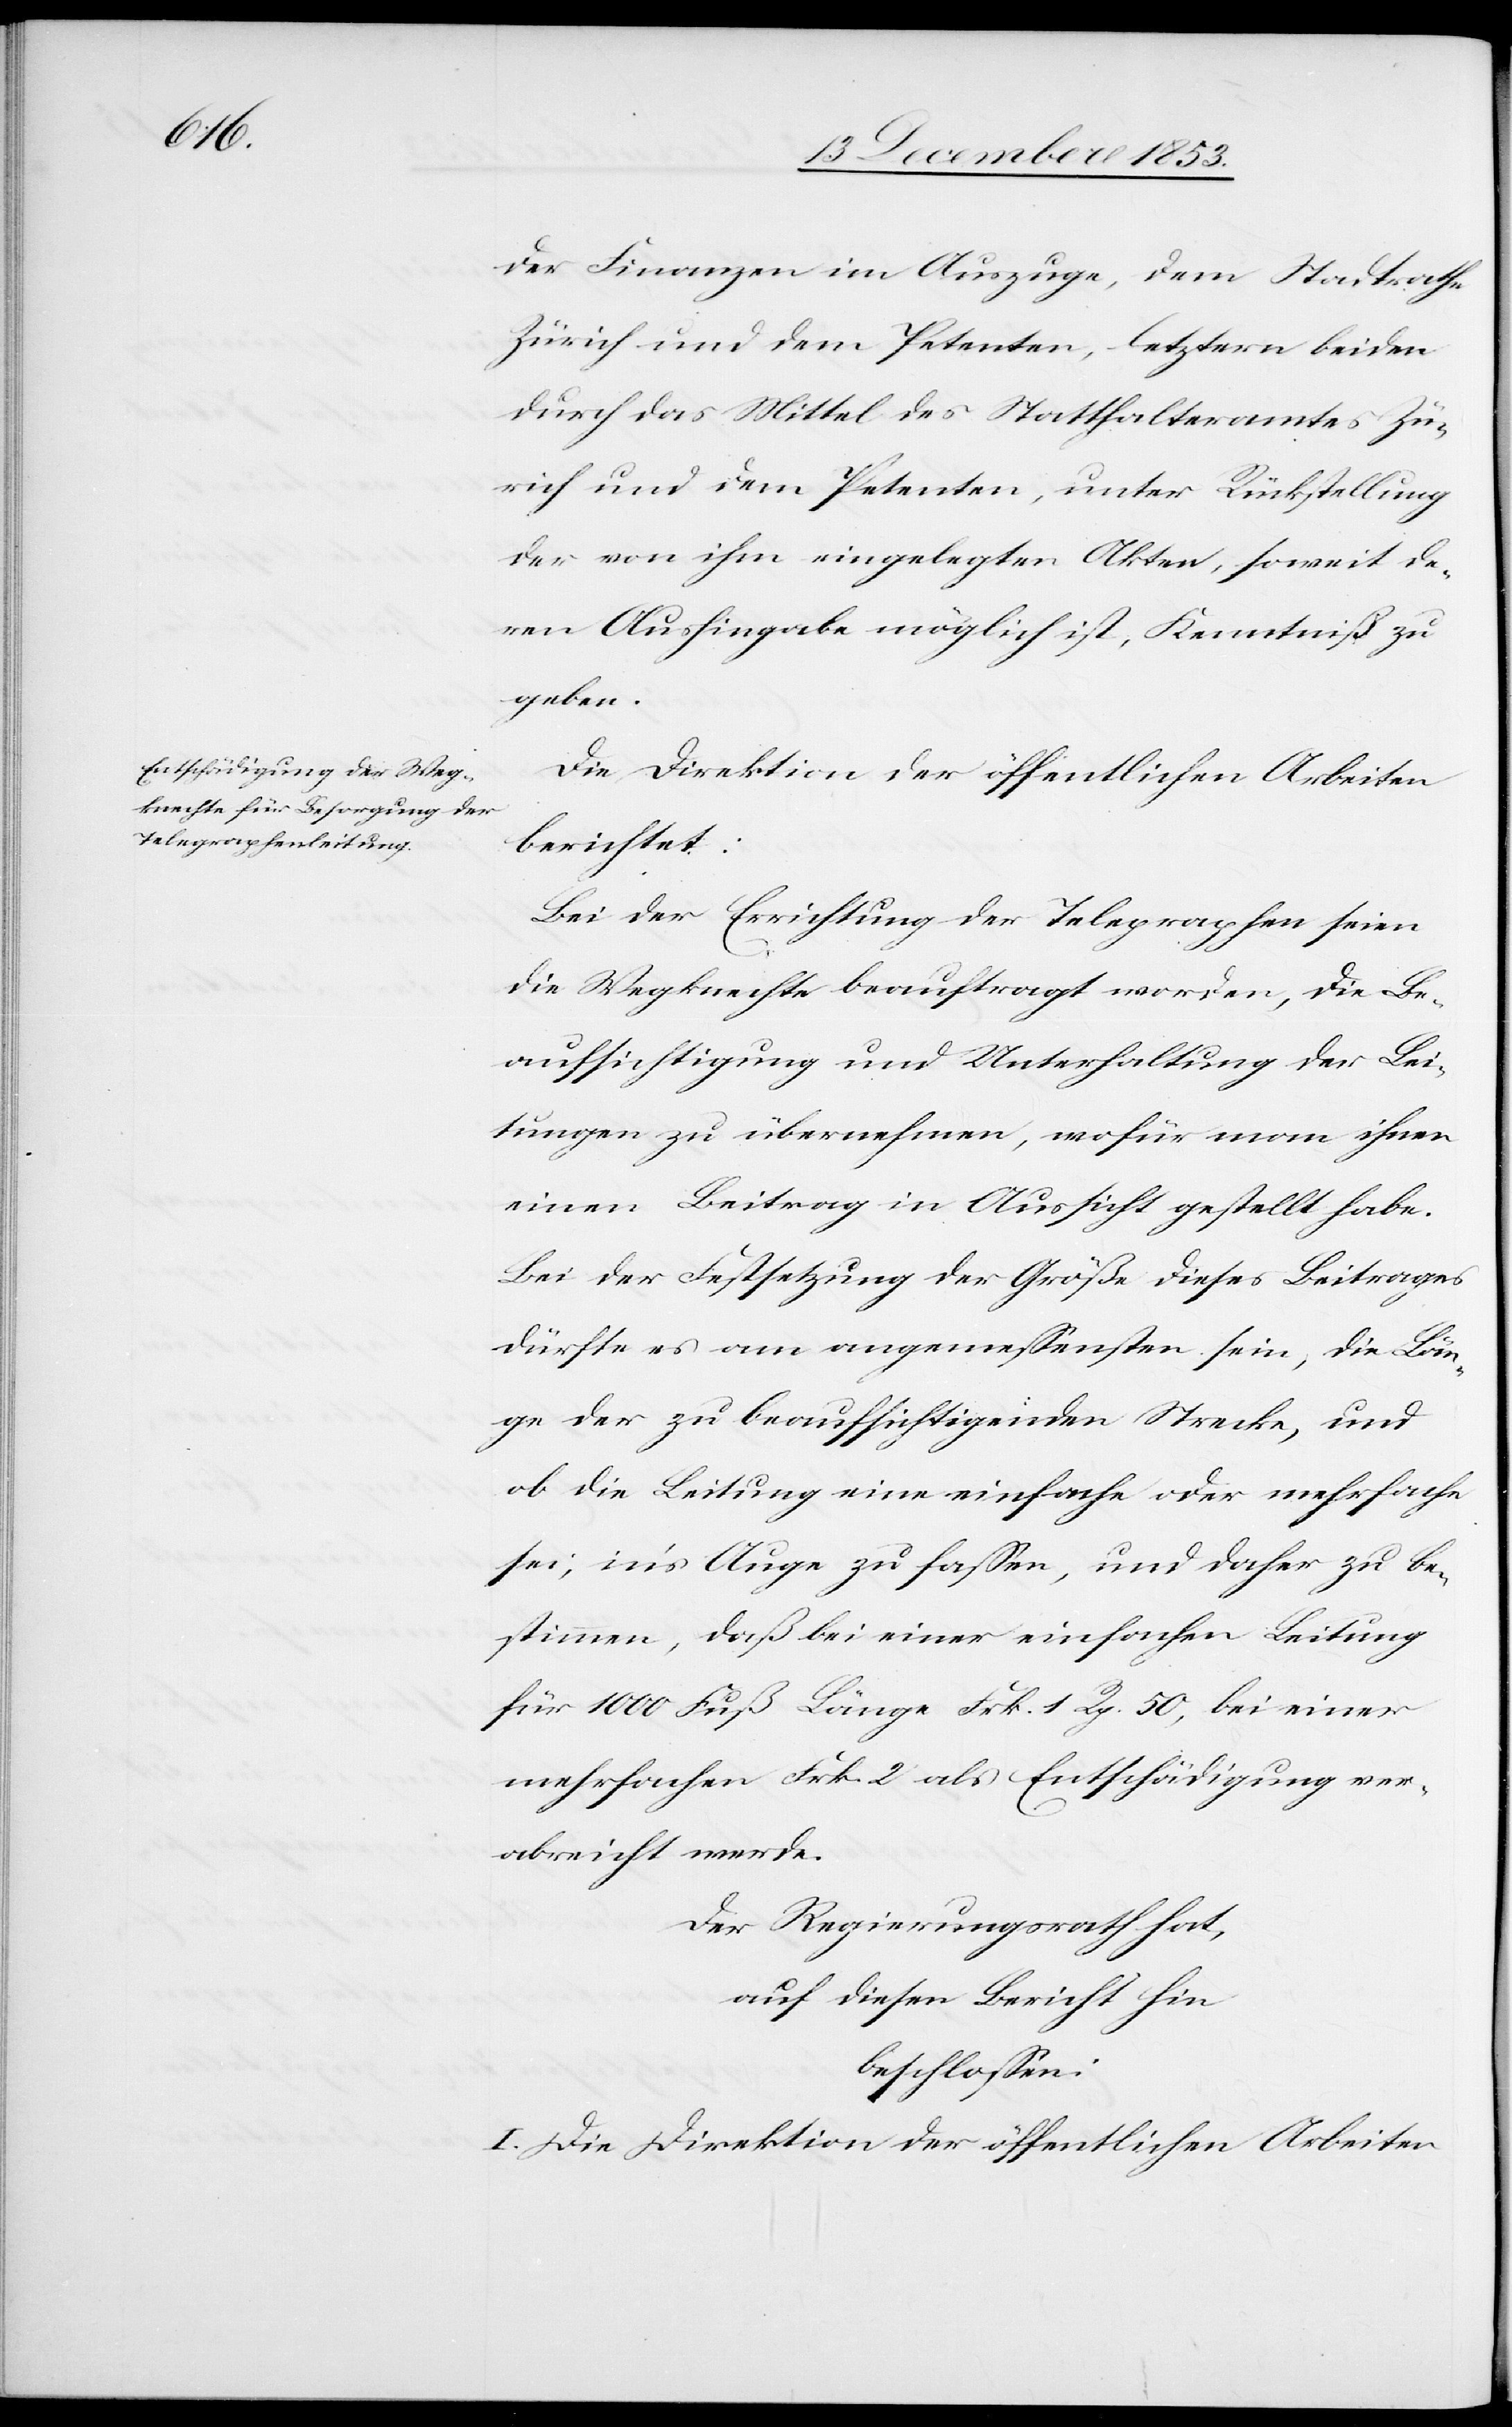
der Finanzen im Auszuge, dem Stadtrathe
Zürich und dem Petenten, letztern beideen
durch das Mittel des Statthalteramtes Zü¬
rich und dem Petenten, unter Rückstellung
der von ihm eingelegten Akten, soweit de¬
ren Aushingabe möglich ist, Kenntniß zu
geben.
Die Direktion der öffentlichen Arbeiten
berichtet:
Bei der Errichtung der Telegraphen seien
die Wegknechte beauftragt worden, die Be¬
aufsichtigung und Unterhaltung der Lei¬
tungen zu übernehmen, wofür man ihnen
einen Betrag in Aussicht gestellt habe.
Bei der Festsetzung der Größe dieses Betrages
dürfte es am angemeßensten sein, die Län¬
ge der zu beaufsichtigenden Strecke, und
ob die Leitung eine einfache oder mehrfache
sei, in’s Auge zu faßen, und daher zu be¬
stimmen, daß bei einer einfachen Leitung
für 1000 Fuß Länge Frk. 1 Rp. 50, bei einer
mehrfachen Frk. 2 als Entschädigung ver¬
abreicht werde.
Der Regierungsrath hat,
auf diesen Bericht hin
beschloßen:
I. Die Direktion der öffentlichen Arbeiten